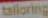
tailoring